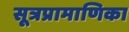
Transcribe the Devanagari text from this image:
सूत्रप्रामाणिका